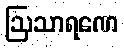
ဩသာရဏေ